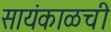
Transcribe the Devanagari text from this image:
सायंकाळची